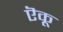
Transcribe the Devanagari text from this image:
ऎकू